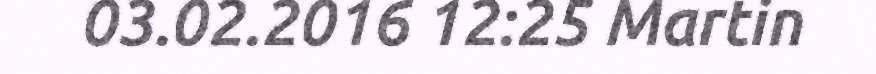
03.02.2016 12:25 Martin